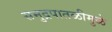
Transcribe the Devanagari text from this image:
समुद्रपातळीमुळे